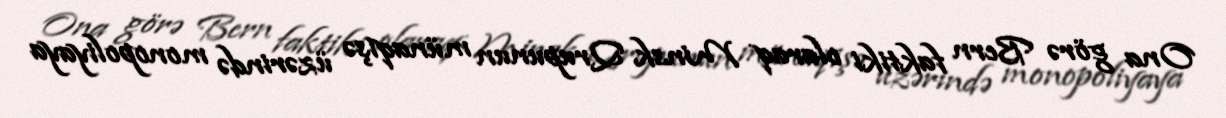
Ona görə Bern faktiki olaraq Minsk Qrupunun münaqişə üzərində monopoliyaya